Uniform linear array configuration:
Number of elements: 32
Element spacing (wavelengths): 1
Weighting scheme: exponential
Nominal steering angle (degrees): -15
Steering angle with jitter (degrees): -16.686
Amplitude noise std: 0.05
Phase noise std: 0.05

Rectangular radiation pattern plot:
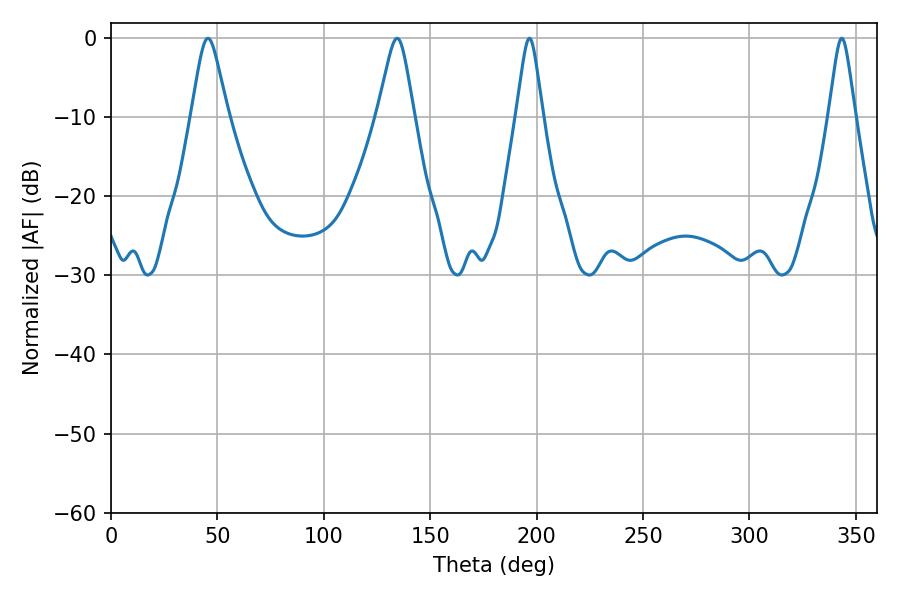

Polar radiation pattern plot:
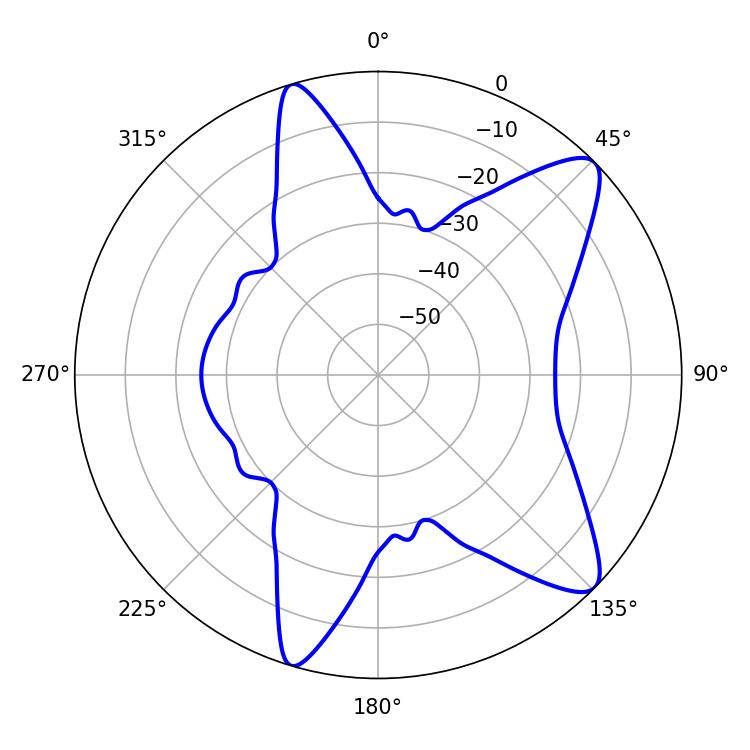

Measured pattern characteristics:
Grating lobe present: TRUE
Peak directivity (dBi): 10.425
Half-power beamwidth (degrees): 8.1
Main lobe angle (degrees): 45.54